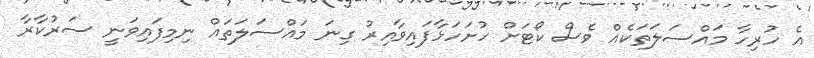
އެ ހުރިހާ މައްސަލަތަކެއް ވެސް ކޯޓަށް ހުށަހަޅާފައިވާއިރު ގިނަ މައްސަލަތައް ނިމިފައިވަނީ ސަރުކާރާ